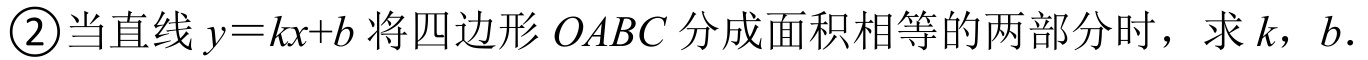
\textcircled{2}当直线\(y = kx + b\)将四边形\(OABC\)分成面积相等的两部分时，求\(k\)，\(b\)．